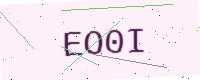
Text: EO0I